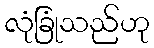
လုံခြုံသည်ဟု